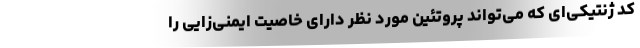
کد ژنتیکی‌ای که می‌تواند پروتئین مورد نظر دارای خاصیت ایمنی‌زایی را